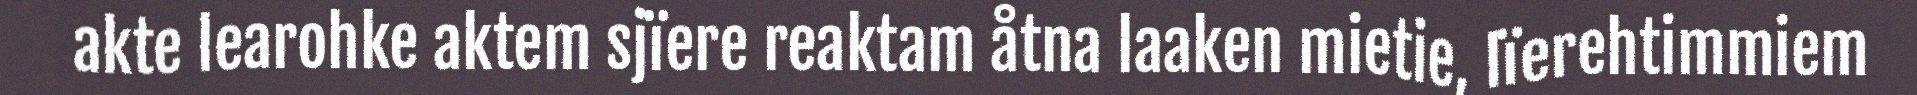
akte learohke aktem sjïere reaktam åtna laaken mietie, lïerehtimmiem